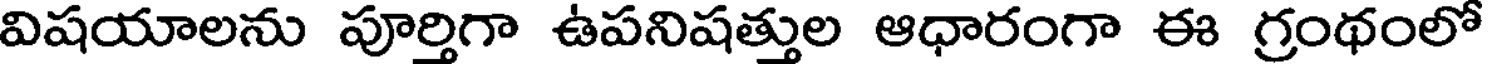
విషయాలను పూర్తిగా ఉపనిషత్తుల ఆధారంగా ఈ గ్రంథంలో